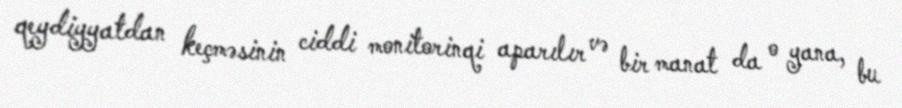
qeydiyyatdan keçməsinin ciddi monitorinqi aparılır və bir manat da o yana, bu